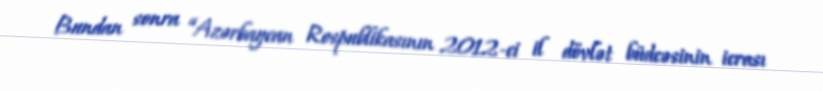
Bundan sonra “Azərbaycan Respublikasının 2012-ci il dövlət büdcəsinin icrası